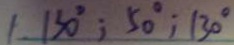
1 3 0 ^ { \circ } ; 5 0 ^ { \circ } ; 1 3 0 ^ { \circ }